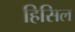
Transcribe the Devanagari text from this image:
हिसिल